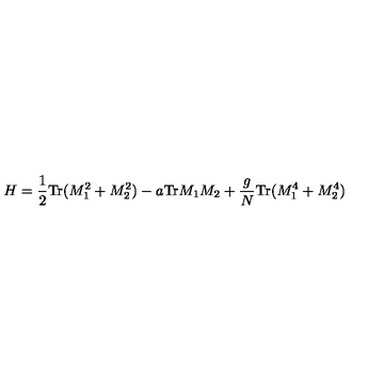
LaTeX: H = { \frac { 1 } { 2 } } \mathrm { T r } ( M _ { 1 } ^ { 2 } + M _ { 2 } ^ { 2 } ) - a \mathrm { T r } M _ { 1 } M _ { 2 } + { \frac { g } { N } } \mathrm { T r } ( M _ { 1 } ^ { 4 } + M _ { 2 } ^ { 4 } )